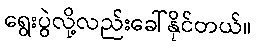
ရွေးပွဲလို့လည်းခေါ်နိုင်တယ်။